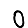
Digit: 0